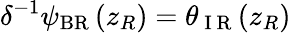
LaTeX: \delta^{-1}\psi_{\mathrm{{BR}}}\left(z_{R}\right)=\theta_{\mathrm{~I~R~}}(z_{R})